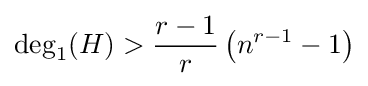
\deg _{1}(H)>{\frac {r-1}{r}}\left({n^{r-1}-1}\right)